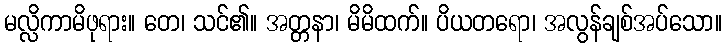
မလ္လိကာမိဖုရား။ တေ၊ သင်၏။ အတ္တနာ၊ မိမိထက်။ ပိယတရော၊ အလွန်ချစ်အပ်သော။